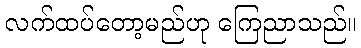
လက်ထပ်တော့မည်ဟု ကြေညာသည်။